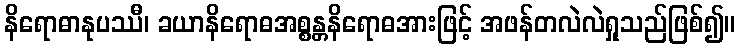
နိရောဓာနုပဿီ၊ ခယာနိရောဓအစ္စန္တနိရောဓအားဖြင့် အဖန်တလဲလဲရှုသည်ဖြစ်၍။